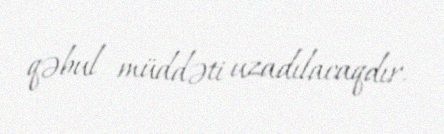
qəbul müddəti uzadılacaqdır.